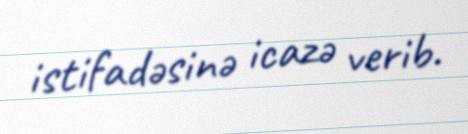
istifadəsinə icazə verib.